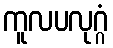
ကူလပလုဂ္ဂံ